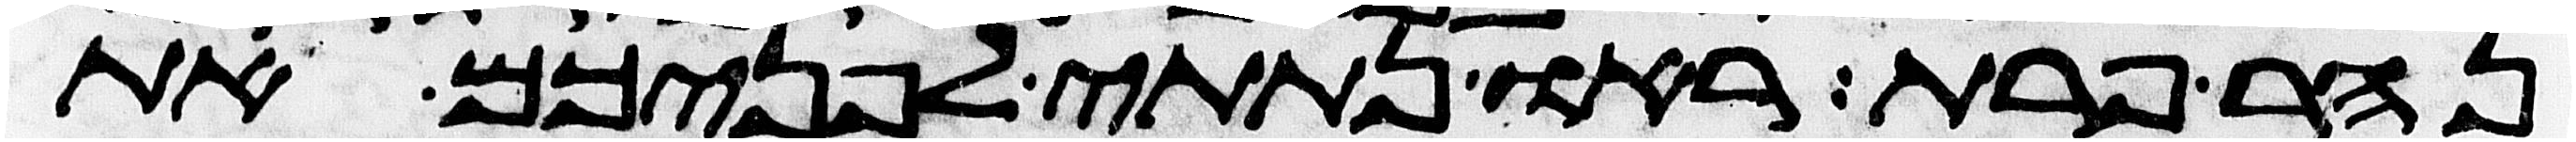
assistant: נהר פרת ראו נתתי לפניכם את